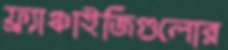
ফ্র্যাঞ্চাইজিগুলোর